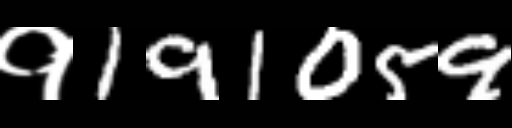
Text: १191059